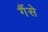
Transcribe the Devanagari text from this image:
गैंसे